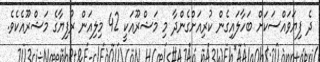
ދެ ފިޔަވައްސަކަށް ބަހާލައިގެން ކުރިއަށްގެންދާ މި މަޝްރޫއަކީ 42 މިލިއަން ރުފިޔާގެ މަޝްރޫއެކެވެ.